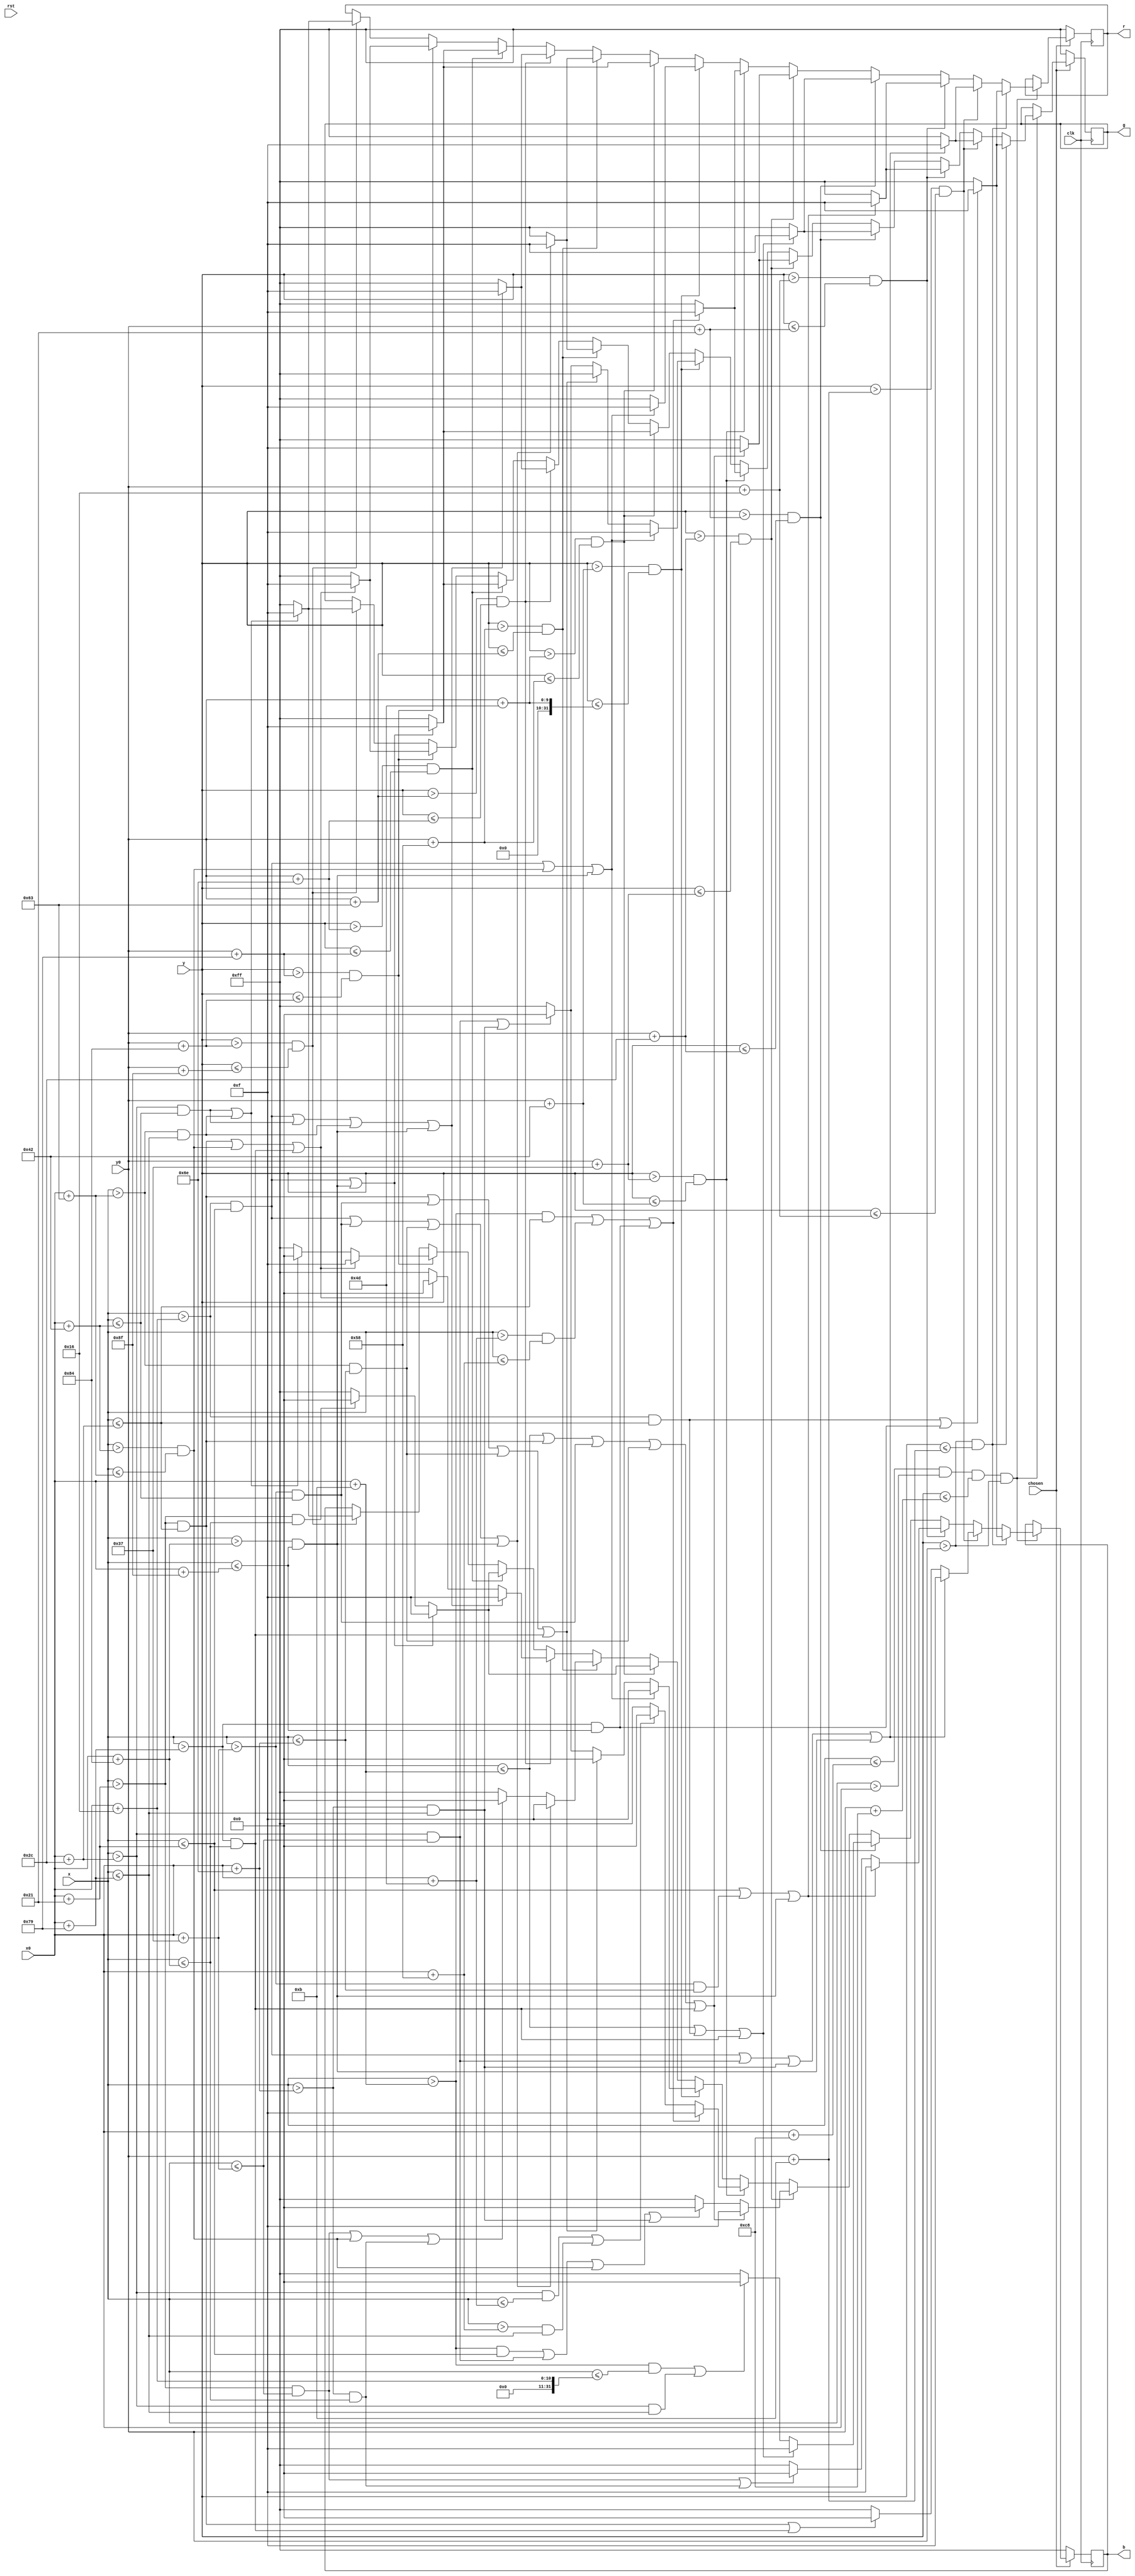
module pikachu(clk, rst, x, y, r, g, b, x0, y0, chosen);
	input clk, rst, chosen;
	input [9:0] x, x0;
	input [8:0] y, y0;
	output reg [7:0] r, g, b;
	
	parameter scale = 11;
	
	always @(posedge clk) begin
		if(chosen) begin
			if(x <= x0 + 10'b0011001000 & x > x0 & y <= y0 + 9'b011001000 & y > y0) begin
				if(y > y0 & y <= y0 + scale) begin
					if((x > x0 + scale*2 & x <= x0 + scale*4) | (x > x0 + 11*scale & x <= x0 + 13*scale)) begin
						r <= 8'b00001111;
						g <= 8'b00001111;
						b <= 8'b00001111;
					end else begin 
						r <= 8'b11111111;
						g <= 8'b11111111;
						b <= 8'b11111111;
					end
				end else if(y > y0 + scale & y <= y0 + scale*2) begin
					if((x > x0 + scale*2 & x <= x0 + 3*scale) | (x > x0 + scale*4 & x <= x0 + 5*scale) | 
							(x > x0 + 10*scale & x <= x0 + 11*scale) | (x > x0 + 12*scale & x <= x0 + 13*scale)) begin
						r <= 8'b00001111; // black
						g <= 8'b00001111;
						b <= 8'b00001111;
					end else if((x > x0 + 3*scale & x <= x0 + scale*4) | (x > x0 + 11*scale & x <= x0 + 12*scale)) begin
						r <= 8'b11111111; // yellow
						g <= 8'b11111111;
						b <= 8'b00000000;
					end else begin 
						r <= 8'b11111111;
						g <= 8'b11111111;
						b <= 8'b11111111;
					end 
				end else if(y > y0 + scale*2 & y <= y0 + 3*scale) begin
					if((x <= x0 + 3*scale) | (x > x0 + 5*scale & x <= x0 + 10*scale) | (x > x0 + 12*scale & x <= x0 + 13*scale)) begin
						r <= 8'b00001111; // black
						g <= 8'b00001111;
						b <= 8'b00001111;
					end else if((x > x0 + 3*scale & x <= x0 + 5*scale) | (x > x0 + 10*scale & x <= x0 + 12*scale)) begin
						r <= 8'b11111111; // yellow
						g <= 8'b11111111;
						b <= 8'b00000000;
					end else begin 
						r <= 8'b11111111;
						g <= 8'b11111111;
						b <= 8'b11111111;
					end
				end else if(y > y0 + 3*scale & y <= y0 + scale*4) begin
					if((x <= x0 + scale) | (x > x0 + scale*2 & x <= x0+ scale*4) | (x > x0 + 11*scale & x <= x0 + 12*scale)) begin
						r <= 8'b00001111; // black
						g <= 8'b00001111;
						b <= 8'b00001111;
					end else if((x > x0 + scale & x <= x0 + scale*2) | (x > x0 + scale*4 & x <= x0 + 11*scale)) begin 
						r <= 8'b11111111; // yellow
						g <= 8'b11111111;
						b <= 8'b00000000;
					end else begin 
						r <= 8'b11111111;
						g <= 8'b11111111;
						b <= 8'b11111111;
					end
				end else if(y > y0 + scale*4 & y <= y0 + 5*scale) begin
					if((x <= x0 + scale) | (x > x0 + 3*scale & x <= x0 + scale*4) | (x > x0 + 5*scale & x <= x0 + 6*scale) | 
							(x > x0 + 9*scale & x <= x0 + 10*scale) | (x > x0 + 11*scale & x <= x0 + 12*scale)) begin
						r <= 8'b00001111; // black
						g <= 8'b00001111;
						b <= 8'b00001111;
					end else if((x > x0 + scale & x <= x0 + 3*scale) | (x > x0 + scale*4 & x <= x0 + 5*scale) | (x > x0 + 6*scale & x <= x0 + 9*scale) |
										(x > x0 + 10*scale & x <= x0 + 11*scale)) begin
						r <= 8'b11111111; // yellow
						g <= 8'b11111111;
						b <= 8'b00000000;		
					end else begin 
						r <= 8'b11111111;
						g <= 8'b11111111;
						b <= 8'b11111111;
					end 
				end else if(y > y0 + 5*scale & y <= y0 + 6*scale) begin
					if((x > x0 + scale & x <= x0 + scale*4) | (x > x0 + 7*scale & x <= x0 + 8*scale) | (x > x0 + 11*scale & x <= x0 + 13*scale)) begin
						r <= 8'b00001111;
						g <= 8'b00001111;
						b <= 8'b00001111;
					end else if ((x > x0 + scale*4 & x <= x0 + 7*scale) | (x > x0 + 8*scale & x <= x0 + 11*scale)) begin
						r <= 8'b11111111;
						g <= 8'b11111111;
						b <= 8'b00000000;
					end else begin 
						r <= 8'b11111111;
						g <= 8'b11111111;
						b <= 8'b11111111;
					end
				end else if(y > y0 + 6*scale & y <= y0 + 7*scale) begin
					if((x > x0 + scale*2 & x <= x0 + 3*scale) | (x > x0 + 6*scale & x <= x0 + 9*scale) | (x > x0 + 12*scale & x <= x0 + 13*scale)) begin
						r <= 8'b00001111;
						g <= 8'b00001111;
						b <= 8'b00001111;
					end else if ((x > x0 + 3*scale & x <= x0 + scale*4) | (x > x0 + 5*scale & x <= x0 + 6*scale) | (x > x0 + 9*scale & x <= x0 + 10*scale) | (x > x0 + 11*scale & x <= x0 + 12*scale)) begin
						r <= 8'b11111111;
						g <= 8'b11111111;
						b <= 8'b00000000;
					end else if ((x > x0 + scale*4 & x <= x0 + 5*scale) | (x > x0 + 10*scale & x <= x0 + 11*scale)) begin
						r <= 8'b11111111; // face red
						g <= 8'b00000000;
						b <= 8'b00000000;
					end else begin 
						r <= 8'b11111111;
						g <= 8'b11111111;
						b <= 8'b11111111;
					end
				end else if(y > y0 + 7*scale & y <= y0 + 8*scale) begin
					if((x > x0 + scale*2 & x <= x0 + 3*scale) | (x > x0 + 12*scale & x <= x0 + 13*scale)) begin
						r <= 8'b00001111;
						g <= 8'b00001111;
						b <= 8'b00001111;
					end else if (x > x0 + 3*scale & x <= x0 + 12*scale) begin
						r <= 8'b11111111;
						g <= 8'b11111111;
						b <= 8'b00000000;
					end else begin 
						r <= 8'b11111111;
						g <= 8'b11111111;
						b <= 8'b11111111;
					end
				end else if(y > y0 + 8*scale & y <= y0 + 9*scale) begin
					if((x > x0 + scale*2 & x <= x0 + 3*scale) | (x > x0 + 5*scale & x <= x0 + 6*scale) | (x > x0 + 9*scale & x <= x0 + 10*scale) | (x > x0 + 12*scale & x <= x0 + 13*scale)) begin
						r <= 8'b00001111;
						g <= 8'b00001111;
						b <= 8'b00001111;
					end else if ((x > x0 + 3*scale & x <= x0 + 5*scale) | (x > x0 + 6*scale & x <= x0 + 9*scale) | (x > x0 + 10*scale & x <= x0 + 12*scale)) begin
						r <= 8'b11111111;
						g <= 8'b11111111;
						b <= 8'b00000000;
					end else begin 
						r <= 8'b11111111;
						g <= 8'b11111111;
						b <= 8'b11111111;
					end
				end else if(y > y0 + 9*scale & y <= y0 + 10*scale) begin
					if((x > x0 + scale*2 & x <= x0 + 3*scale) | (x > x0 + scale*4 & x <= x0 + 6*scale) | (x > x0 + 9*scale & x <= x0 + 11*scale) | (x > x0 + 12*scale & x <= x0 + 13*scale)) begin
						r <= 8'b00001111;
						g <= 8'b00001111;
						b <= 8'b00001111;
					end else if ((x > x0 + 3*scale & x <= x0 + scale*4) | (x > x0 + 6*scale & x <= x0 + 9*scale) | (x > x0 + 11*scale & x <= x0 + 12*scale)) begin
						r <= 8'b11111111;
						g <= 8'b11111111;
						b <= 8'b00000000;
					end else begin 
						r <= 8'b11111111;
						g <= 8'b11111111;
						b <= 8'b11111111;
					end
				end else if(y > y0 + 10*scale & y <= y0 + 11*scale) begin
					if((x > x0 + scale*2 & x <= x0 + 3*scale) | (x > x0 + 12*scale & x <= x0 + 13*scale)) begin
						r <= 8'b00001111;
						g <= 8'b00001111;
						b <= 8'b00001111;
					end else if (x > x0 + 3*scale & x <= x0 + 12*scale) begin
						r <= 8'b11111111;
						g <= 8'b11111111;
						b <= 8'b00000000;
					end else begin 
						r <= 8'b11111111;
						g <= 8'b11111111;
						b <= 8'b11111111;
					end
				end else if(y > y0 + 11*scale & y <= y0 + 12*scale) begin
					if((x > x0 + 3*scale & x <= x0 +scale*4) | (x > x0 + 6*scale & x <= x0 + 9*scale) | (x > x0 + 11*scale & x <= x0 + 12*scale)) begin
						r <= 8'b00001111;
						g <= 8'b00001111;
						b <= 8'b00001111;
					end else if ((x > x0 + scale*4 & x <= x0 + 6*scale) | (x > x0 + 9*scale & x <= x0 + 11*scale)) begin
						r <= 8'b11111111;
						g <= 8'b11111111;
						b <= 8'b00000000;
					end else begin 
						r <= 8'b11111111;
						g <= 8'b11111111;
						b <= 8'b11111111;
					end
				end else if(y > y0 + 12*scale & y <= y0 + 13*scale) begin
					if((x > x0 + scale*4 & x <= x0 + 6*scale) | (x > x0 + 9*scale & x <= x0 + 11*scale)) begin
						r <= 8'b00001111;
						g <= 8'b00001111;
						b <= 8'b00001111;
					end else begin 
						r <= 8'b11111111;
						g <= 8'b11111111;
						b <= 8'b11111111;
					end 
				end 
			end 
		end else begin 
			r <= 8'b11111111;
			g <= 8'b11111111;
			b <= 8'b11111111;
		end
	end 





endmodule